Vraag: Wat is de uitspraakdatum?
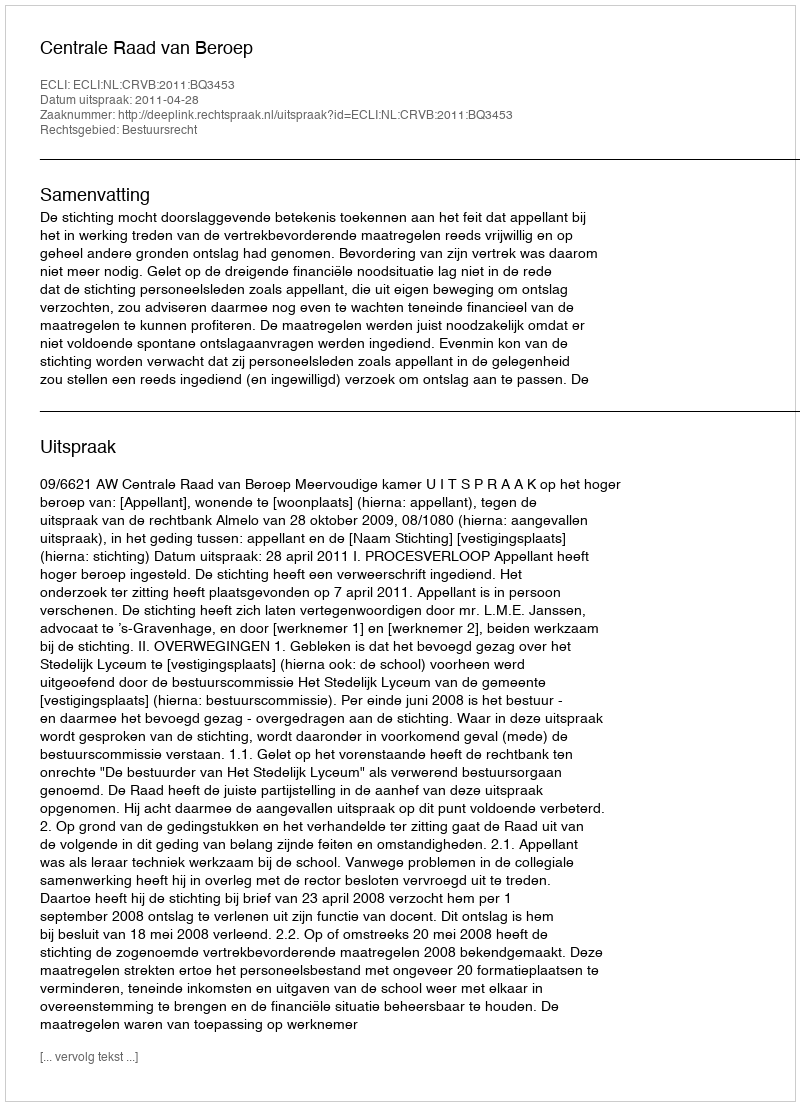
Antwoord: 2011-04-28